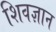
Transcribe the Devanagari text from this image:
शिवज्ञान